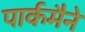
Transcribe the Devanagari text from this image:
पार्कमैने